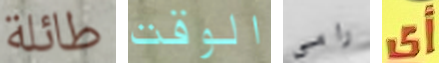
طائلة الوقت رامي أي